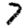
Digit: 7